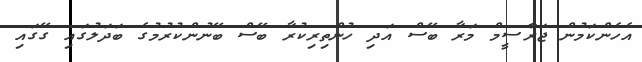
އެހެންކަމުން ޖަރާސީމް މަރާ ބޭސް އަދި ހުންތިރިކުރާ ބޭސް ބޭނުންކުރުމުގެ ބަދަލުގައި ގޭގައި